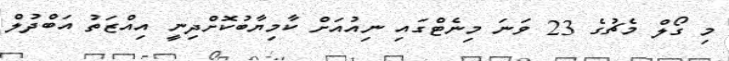
މި ގޯލް މެޗުގެ 23 ވަނަ މިނެޓްގައި ނިއުއަށް ކާމިޔާބުކޮށްދިނީ އިއްޒަތު އަބްދުލް